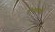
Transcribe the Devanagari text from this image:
रोमाम्बो